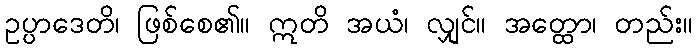
ဥပ္ပာဒေတိ၊ ဖြစ်စေ၏။ ဣတိ အယံ၊ လျှင်။ အတ္ထော၊ တည်း။